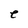
Character: e